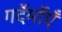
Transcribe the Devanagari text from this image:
गर्देर्मोएँ